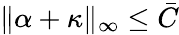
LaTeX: \begin{array}{r}{\| \alpha+\kappa\| _{\infty}\leq\bar{C}}\end{array}